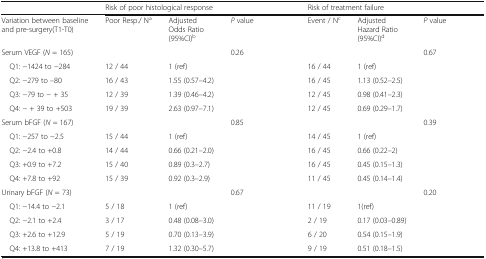
|  | <COLSPAN=3> Risk of poor histological response | <COLSPAN=3> Risk of treatment failure |
 | --- | --- | --- | --- | --- | --- | --- |
 | Variation between baseline and pre-surgery(T1-T0) | Poor Resp./ Na | Adjusted Odds Ratio (95%CI)b | P value | Event / Nc | Adjusted Hazard Ratio (95%CI)d | P value |
 | Serum VEGF (N = 165) |  |  | 0.26 |  |  | 0.67 |
 | Q1: −1424 to −284 | 12 / 44 | 1 (ref) |  | 16 / 44 | 1 (ref) |  |
 | Q2: −279 to --80 | 16 / 43 | 1.55 (0.57–4.2) |  | 16 / 45 | 1.13 (0.52–2.5) |  |
 | Q3: −79 to − + 35 | 12 / 39 | 1.39 (0.46–4.2) |  | 12 / 45 | 0.98 (0.41–2.3) |  |
 | Q4: − + 39 to +503 | 19 / 39 | 2.63 (0.97–7.1) |  | 12 / 45 | 0.69 (0.29–1.7) |  |
 | Serum bFGF (N = 167) |  |  | 0.85 |  |  | 0.39 |
 | Q1: −257 to −2.5 | 15 / 44 | 1 (ref) |  | 14 / 45 | 1 (ref) |  |
 | Q2: −2.4 to +0.8 | 14 / 44 | 0.66 (0.21–2.0) |  | 16 / 45 | 0.66 (0.22–2) |  |
 | Q3: +0.9 to +7.2 | 15 / 40 | 0.89 (0.3–2.7) |  | 16 / 45 | 0.45 (0.15–1.3) |  |
 | Q4: +7.8 to +92 | 15 / 39 | 0.92 (0.3–2.9) |  | 11 / 45 | 0.45 (0.14–1.4) |  |
 | Urinary bFGF (N = 73) |  |  | 0.67 |  |  | 0.20 |
 | Q1: −14.4 to −2.1 | 5 / 18 | 1 (ref) |  | 11 / 19 | 1(ref) |  |
 | Q2: −2.1 to +2.4 | 3 / 17 | 0.48 (0.08–3.0) |  | 2 / 19 | 0.17 (0.03–0.89) |  |
 | Q3: +2.6 to +12.9 | 5 / 19 | 0.70 (0.13–3.9) |  | 6 / 20 | 0.54 (0.15–1.9) |  |
 | Q4: +13.8 to +413 | 7 / 19 | 1.32 (0.30–5.7) |  | 9 / 19 | 0.51 (0.18–1.5) |  |